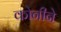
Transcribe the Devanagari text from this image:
कोनीने